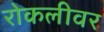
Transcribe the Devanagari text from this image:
रोकलीवर